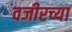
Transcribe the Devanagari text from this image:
वजीरच्या